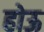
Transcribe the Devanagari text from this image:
होऊ